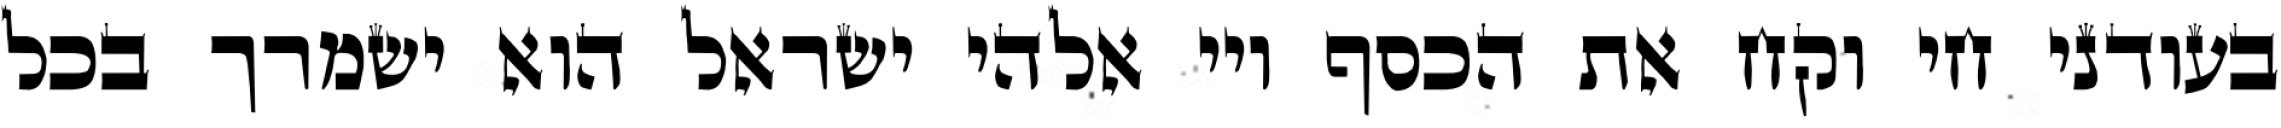
בעודני חי וקח את הכסף ויי אלהי ישראל הוא ישמרך בכל